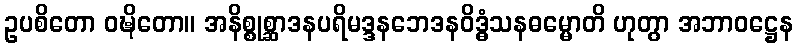
ဥပစိတော ဝဍ္ဎိတော။ အနိစ္စုစ္ဆာဒနပရိမဒ္ဒနဘေဒနဝိဒ္ဓံသနဓမ္မောတိ ဟုတွာ အဘာဝဋ္ဌေန